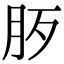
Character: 𣧚